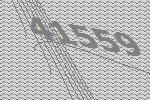
41559